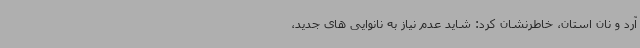
آرد و نان استان، خاطرنشان کرد: شاید عدم نیاز به نانوایی های جدید،